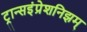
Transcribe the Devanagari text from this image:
ट्रान्सइंप्रेशनिझम्